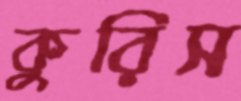
কুরিস